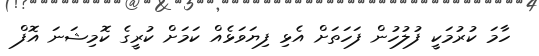
ހާމަ ކުރުމަކީ ފުލުހުން ފަހަތަށް އެޅި ފިޔަވަޅެއް ކަމަށް ކުރީގެ ކޮމިޝަނަ އޮފް